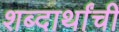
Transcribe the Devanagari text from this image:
शब्दार्थांची